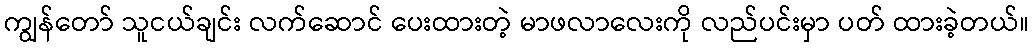
ကျွန်တော် သူငယ်ချင်း လက်ဆောင် ပေးထားတဲ့ မာဖလာလေးကို လည်ပင်းမှာ ပတ် ထားခဲ့တယ်။